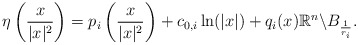
\begin{align*}\eta\left(\frac{x}{|x|^2}\right)=p_i\left(\frac{x}{|x|^2}\right)+c_{0,i} \ln(|x|)+q_i(x) \mathbb{R}^n\backslash B_{\frac{1}{r_i}}.\end{align*}